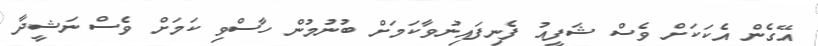
އޭގެން އެކަކަށް ވެސް ޝަފީއު ފެނިފައިނުވާކަމަށް ބުނުމުން ހާސްވި ކަމަށް ވެސް ނަޝީދާ